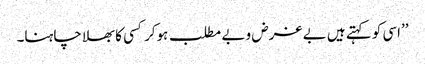
’’اسی کو کہتے ہیں بے غرض و بے مطلب ہوکر کسی کا بھلا چاہنا۔